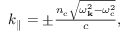
\begin{array} { r } { k _ { \parallel } = \pm \frac { n _ { \mathrm { c } } \sqrt { \omega _ { \bf k } ^ { 2 } - \omega _ { \mathrm { c } } ^ { 2 } } } { c } , } \end{array}